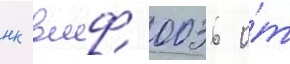
нк вмф 0036 о́т